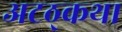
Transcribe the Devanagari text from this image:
अटठ्कथा